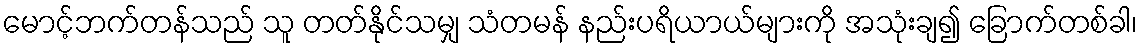
မောင့်ဘက်တန်သည် သူ တတ်နိုင်သမျှ သံတမန် နည်းပရိယာယ်များကို အသုံးချ၍ ခြောက်တစ်ခါ၊